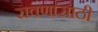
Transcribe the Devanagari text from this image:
रावणासाठी